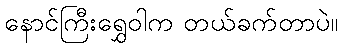
နောင်ကြီးရွှေဝါက တယ်ခက်တာပဲ။